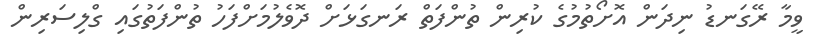
ވީމާ ރޭގަނޑު ނިދަން އޮށޯތުމުގެ ކުރިން ތުންފަތް ރަނގަޅަށް ދޮވެލުމަށްފަހު ތުންފަތުގައި ގްލިސަރިން